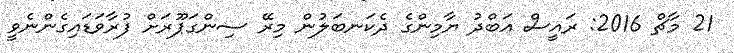
21 މާޗް 2016: ރައީސް އަބްދު ޔާމިންގެ ދެކަނބަލުން މިރޭ ސިންގަޕޫރަށް ފުރާވަޑައިގެންނެވީ